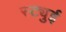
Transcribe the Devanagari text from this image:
स्ट्युई